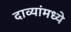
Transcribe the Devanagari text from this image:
दाव्यांमध्ये